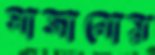
সাজানোয়